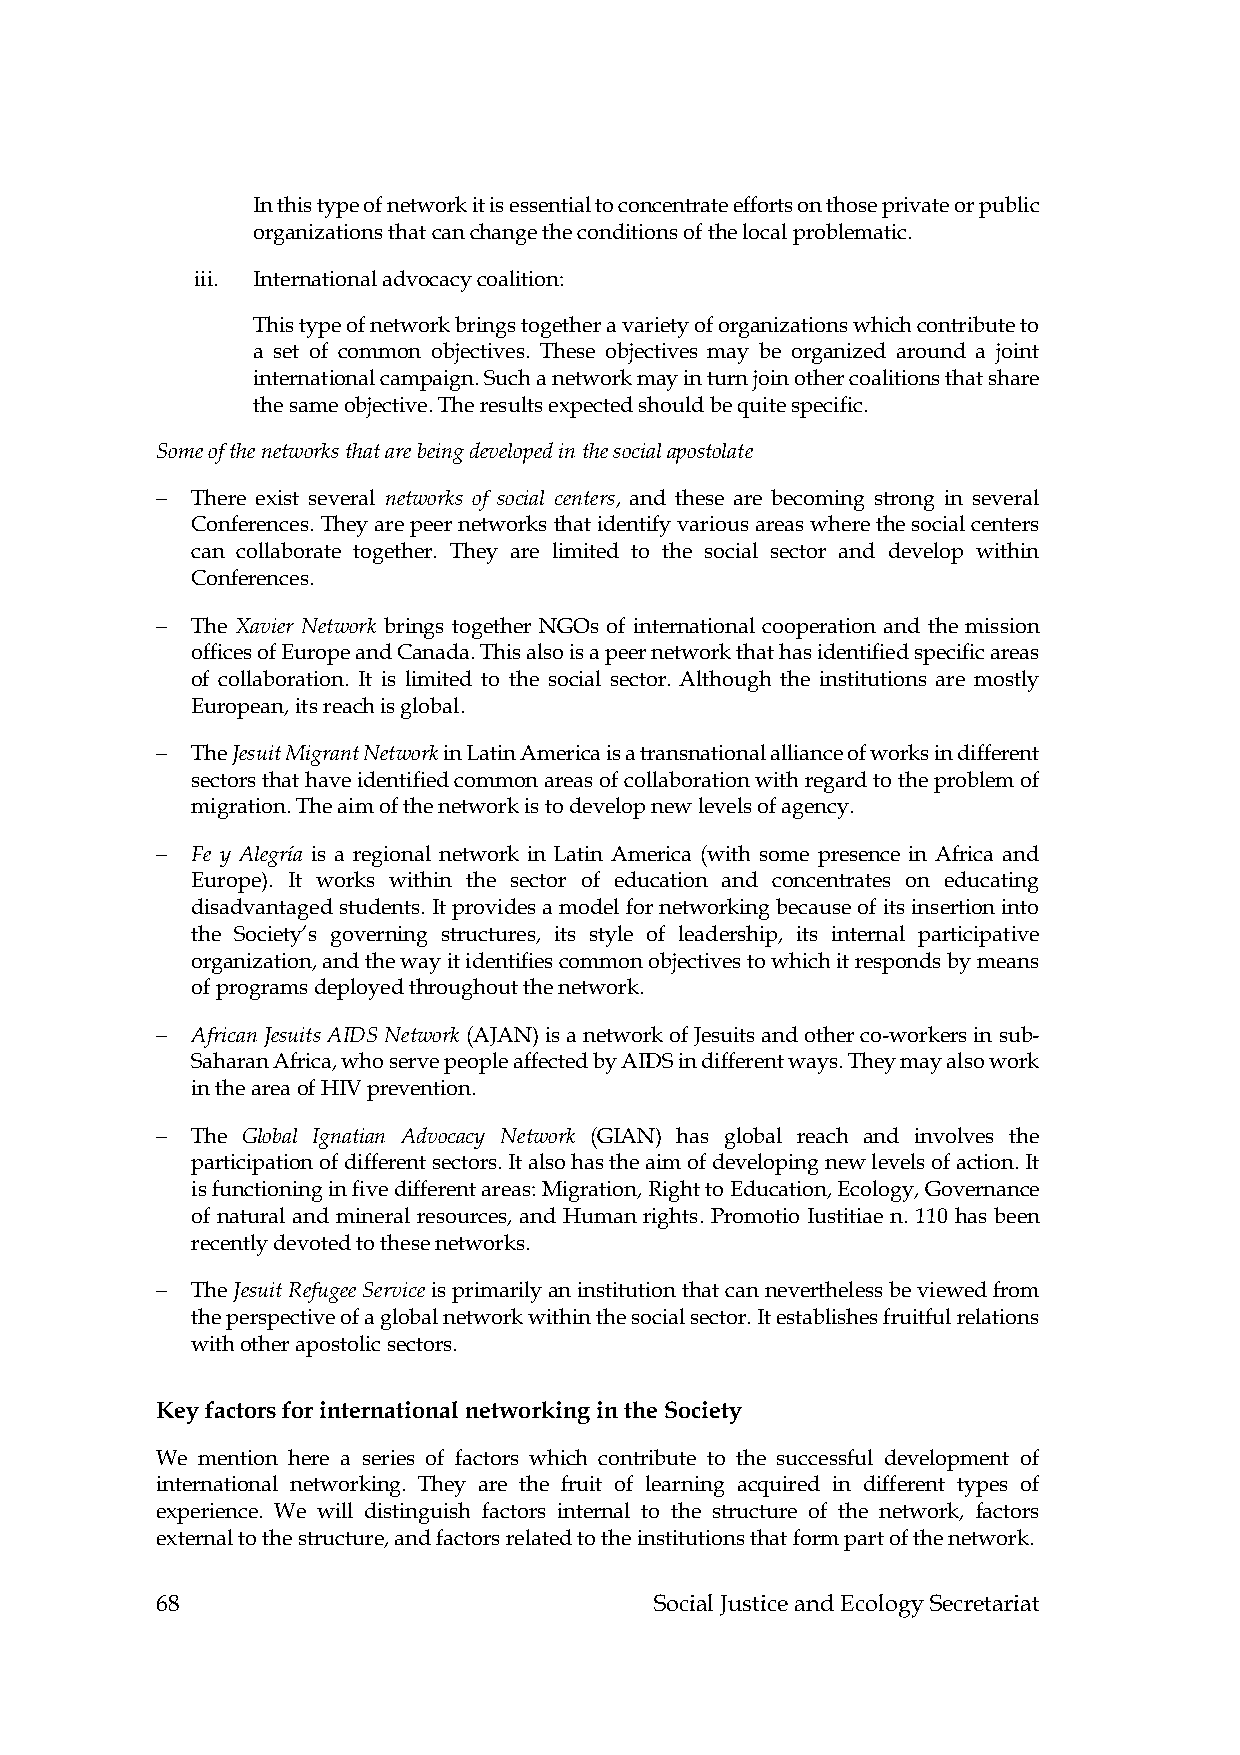
In this type of network it is essential to concentrate efforts on those private or public
 organizations that can change the conditions of the local problematic.
 iii. International advocacy coalition:
 This type of network brings together a variety of organizations which contribute to
 a set of common objectives. These objectives may be organized around a joint
 international campaign. Such a network may in turn join other coalitions that share
 the same objective. The results expected should be quite specific.
 Some of the networks that are being developed in the social apostolate
   There exist several networks of social centers, and these are becoming strong in several
 Conferences. They are peer networks that identify various areas where the social centers
 can collaborate together. They are limited to the social sector and develop within
 Conferences.
   The Xavier Network brings together NGOs of international cooperation and the mission
 offices of Europe and Canada. This also is a peer network that has identified specific areas
 of collaboration. It is limited to the social sector. Although the institutions are mostly
 European, its reach is global.
   The Jesuit Migrant Network in Latin America is a transnational alliance of works in different
 sectors that have identified common areas of collaboration with regard to the problem of
 migration. The aim of the network is to develop new levels of agency.
   Fe y Alegría is a regional network in Latin America (with some presence in Africa and
 Europe). It works within the sector of education and concentrates on educating
 disadvantaged students. It provides a model for networking because of its insertion into
 the Society’s governing structures, its style of leadership, its internal participative
 organization, and the way it identifies common objectives to which it responds by means
 of programs deployed throughout the network.
   African Jesuits AIDS Network (AJAN) is a network of Jesuits and other co-workers in sub-
 Saharan Africa, who serve people affected by AIDS in different ways. They may also work
 in the area of HIV prevention.
   The Global Ignatian Advocacy Network (GIAN) has global reach and involves the
 participation of different sectors. It also has the aim of developing new levels of action. It
 is functioning in five different areas: Migration, Right to Education, Ecology, Governance
 of natural and mineral resources, and Human rights. Promotio Iustitiae n. 110 has been
 recently devoted to these networks.
   The Jesuit Refugee Service is primarily an institution that can nevertheless be viewed from
 the perspective of a global network within the social sector. It establishes fruitful relations
 with other apostolic sectors.
 Key factors for international networking in the Society
 We mention here a series of factors which contribute to the successful development of
 international networking. They are the fruit of learning acquired in different types of
 experience. We will distinguish factors internal to the structure of the network, factors
 external to the structure, and factors related to the institutions that form part of the network.
 68                               Social Justice and Ecology Secretariat